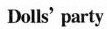
Dolls' party